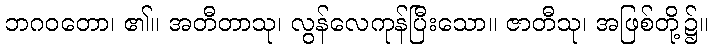
ဘဂဝတော၊ ၏။ အတီတာသု၊ လွန်လေကုန်ပြီးသော။ ဇာတီသု၊ အဖြစ်တို့၌။